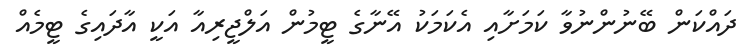
ދައްކަން ބޭނުންނުވާ ކަމަށާއި އެކަމަކު އޭނާގެ ޓީމުން އަލްޖީރިއާ އަކީ އާދައިގެ ޓީމެއް